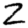
Digit: 2